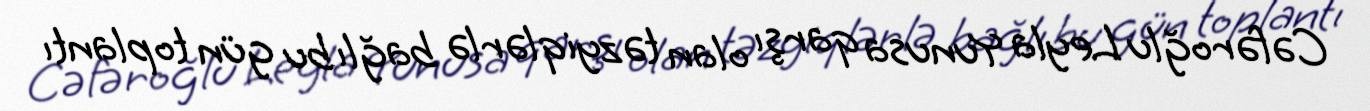
Cəfəroğlu Leyla Yunusa qarşı olan təzyiqlərlə bağlı bu gün toplantı